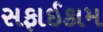
સફાઈકામ